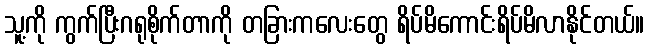
သူ့ကို ကွက်ပြီးဂရုစိုက်တာကို တခြားကလေးတွေ ရိပ်မိကောင်းရိပ်မိလာနိုင်တယ်။